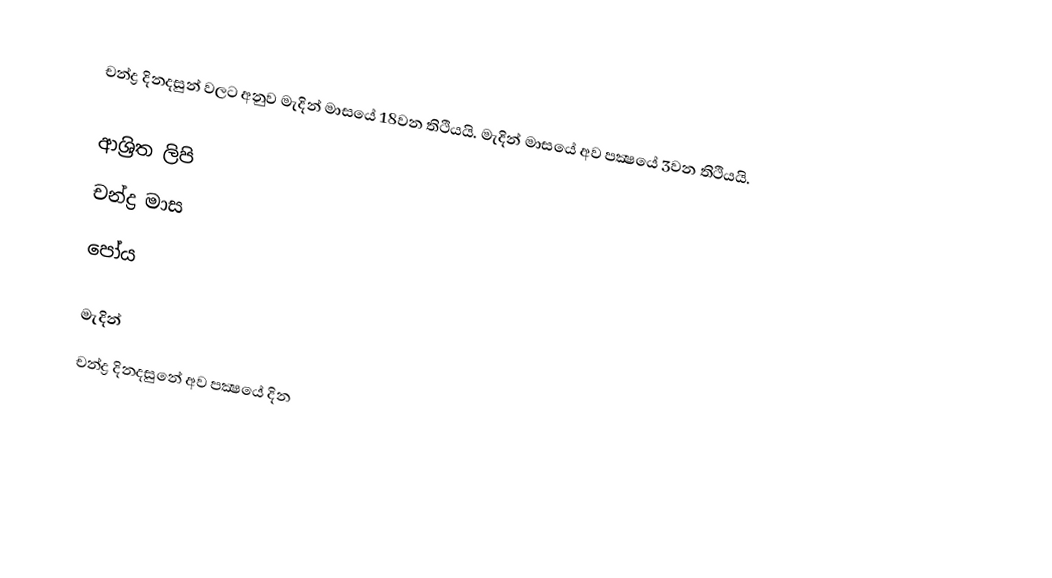
චන්ද්‍ර දිනදසුන් වලට අනුව මැදින් මාසයේ 18වන තිථියයි. මැදින් මාසයේ අව පක්‍ෂයේ 3වන තිථියයි.

ආශ්‍රිත ලිපි
 චන්ද්‍ර මාස
 පෝය

මැදින්
චන්ද්‍ර දිනදසුනේ අව පක්‍ෂයේ දින